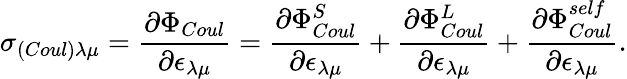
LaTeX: \sigma_{(Coul)\lambda\mu}=\frac{\partial\Phi_{Coul}}{\partial\epsilon_{\lambda\mu}}=\frac{\partial\Phi_{Coul}^{S}}{\partial\epsilon_{\lambda\mu}}+\frac{\partial\Phi_{Coul}^{L}}{\partial\epsilon_{\lambda\mu}}+\frac{\partial\Phi_{Coul}^{self}}{\partial\epsilon_{\lambda\mu}}.